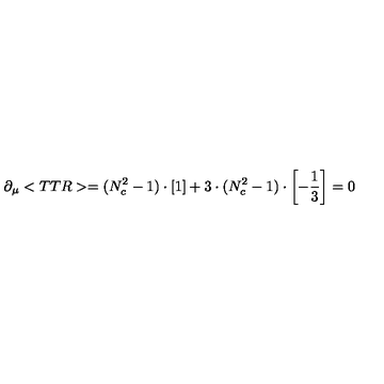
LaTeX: \partial _ { \mu } < T T R > = ( N _ { c } ^ { 2 } - 1 ) \cdot \left[ \mathrm { \vspace { 2 e x } \mathrm { 1 } \vspace { 0 e x } } \right] + 3 \cdot ( N _ { c } ^ { 2 } - 1 ) \cdot \left[ - \frac { 1 } { 3 } \right] = 0